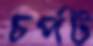
চর্পট